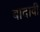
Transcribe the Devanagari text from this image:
बादावी